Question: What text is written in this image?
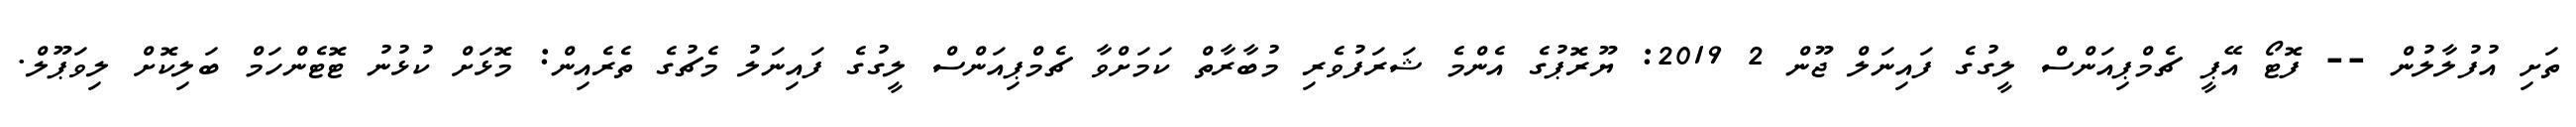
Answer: ތަށި އުފުލާލުން -- ފޮޓޯ އޭޕީ ޗެމްޕިއަންސް ލީގުގެ ފައިނަލް ޖޫން 2 2019: ޔޫރޮޕުގެ އެންމެ ޝަރަފުވެރި މުބާރާތް ކަމަށްވާ ޗެމްޕިއަންސް ލީގުގެ ފައިނަލު މެޗުގެ ތެރެއިން: މޮޅަށް ކުޅުނު ޓޮޓެންހަމް ބަލިކޮށް ލިވަޕޫލް.